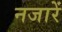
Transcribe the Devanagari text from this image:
नजारें